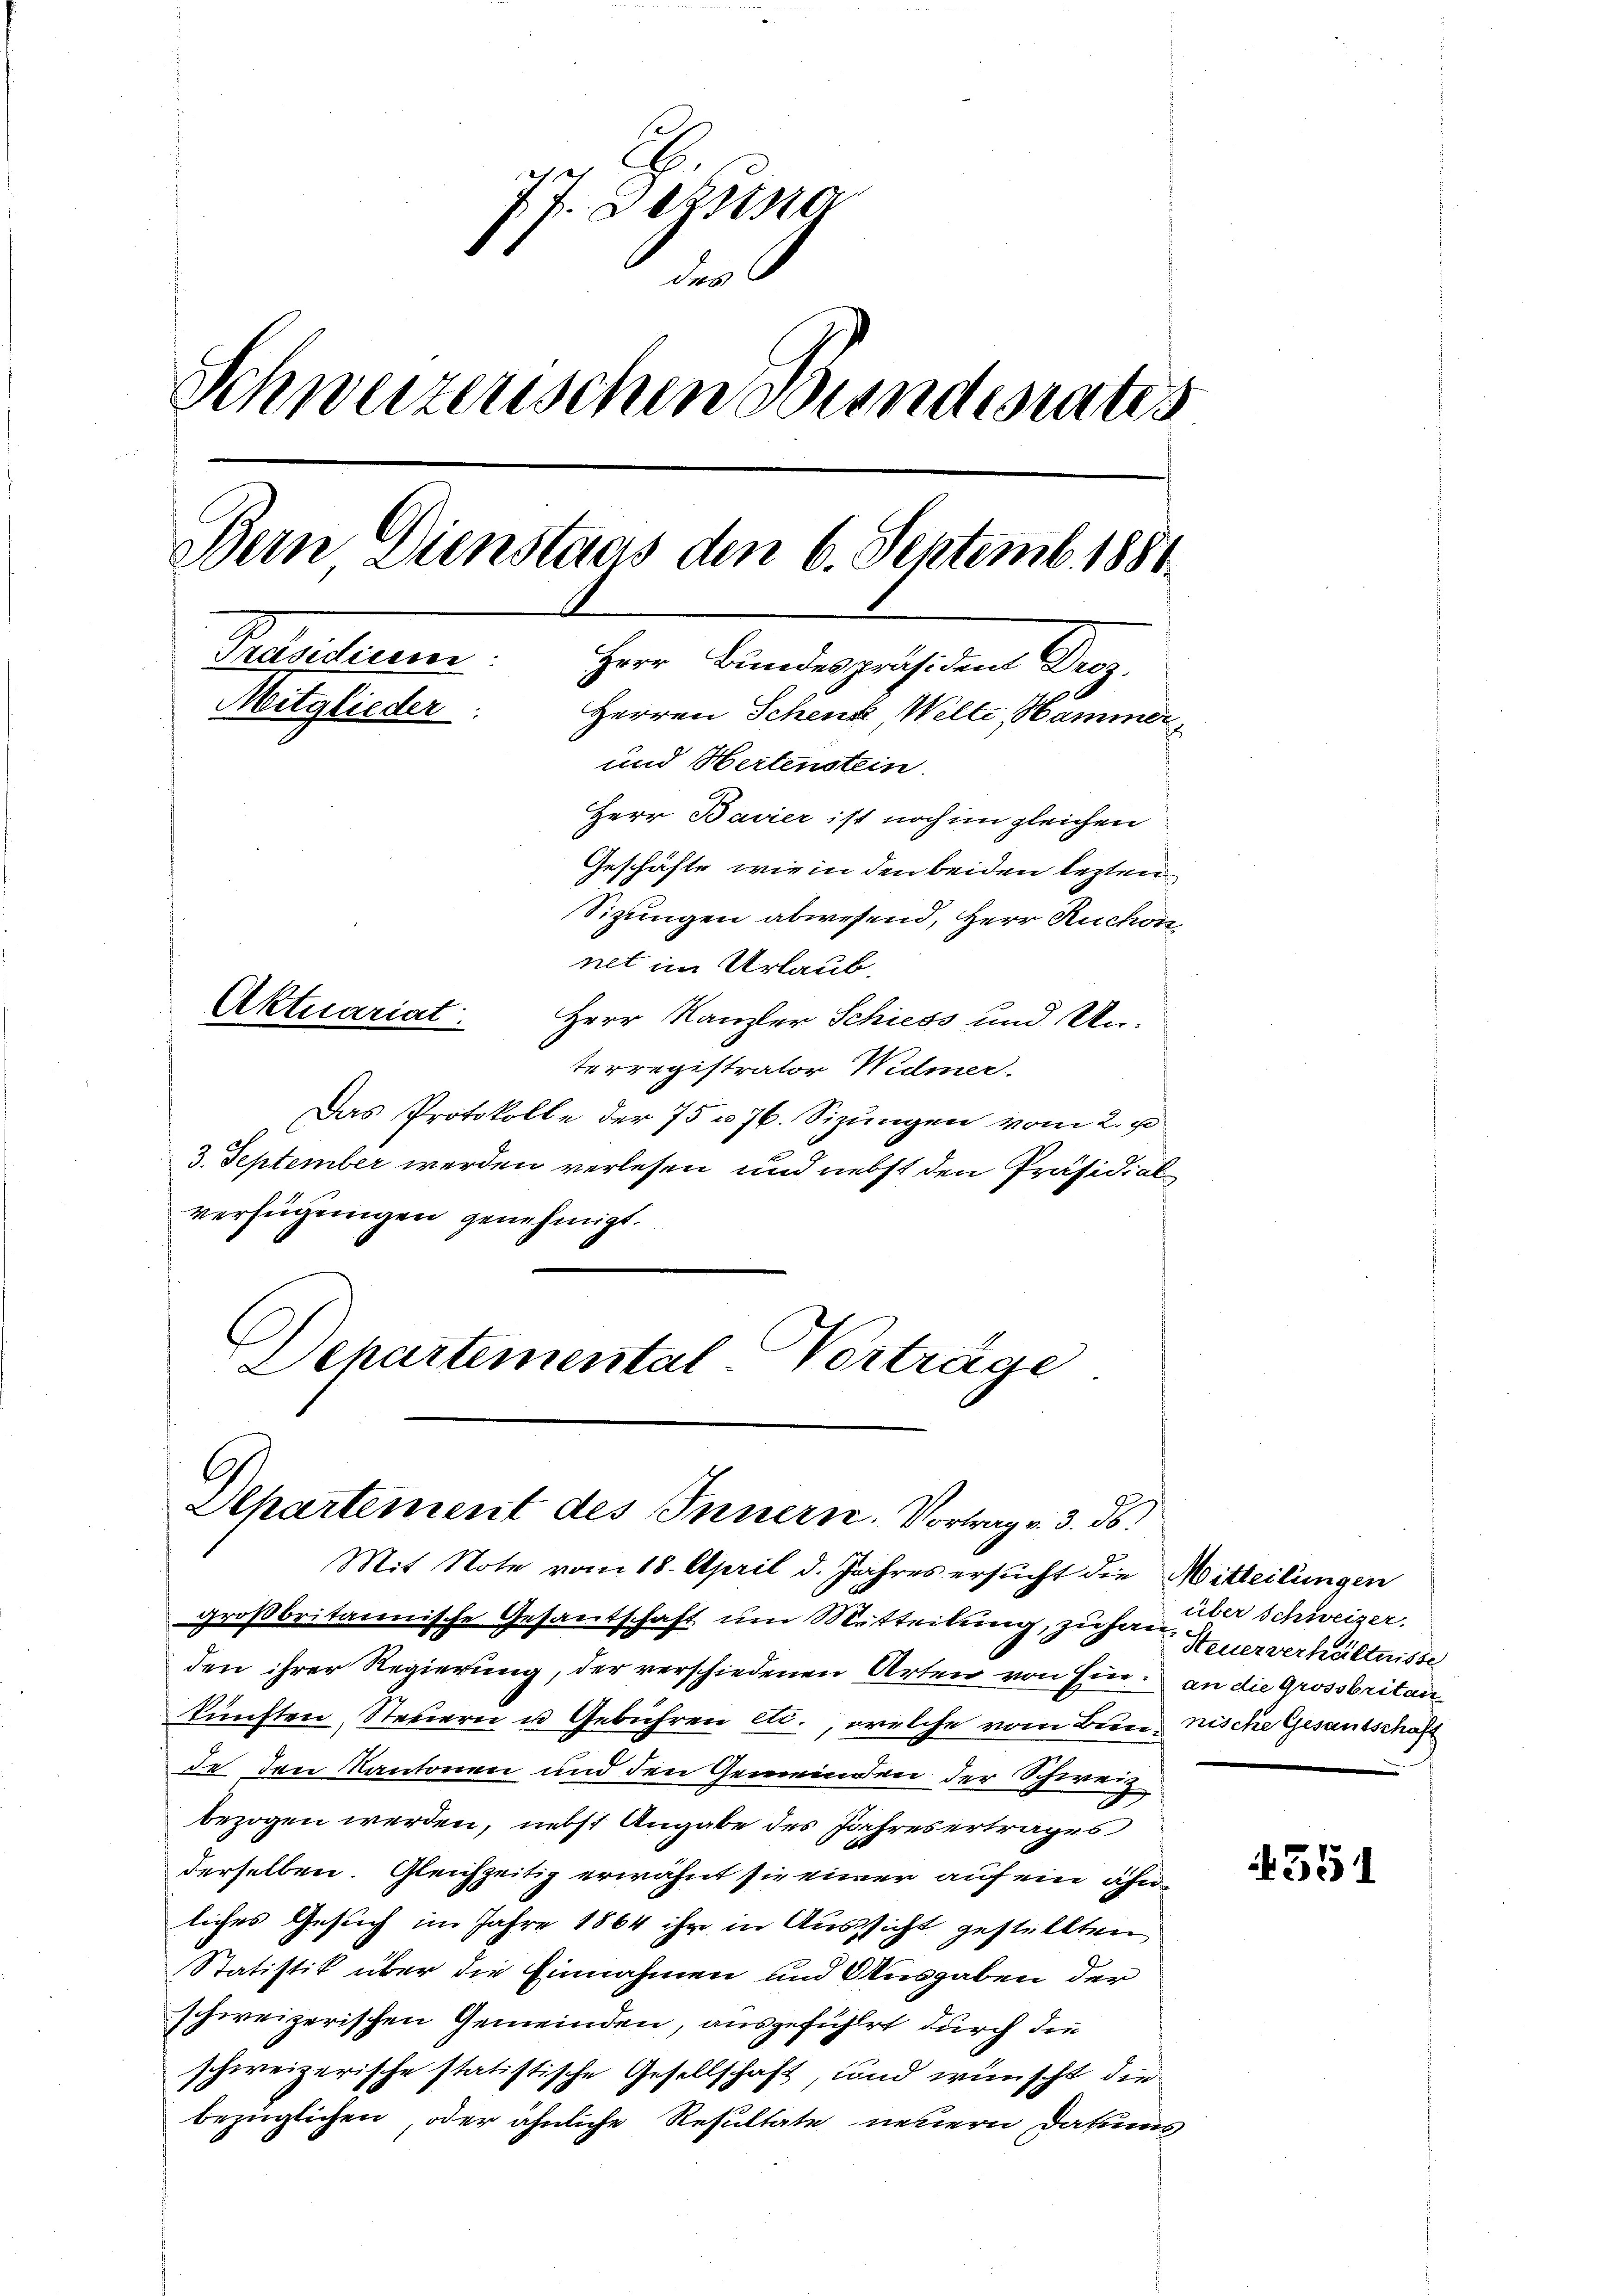
77. Sekti
des
Schweizerischen Bundesrates
Bein Dienstaus den 6. Septemb. 1881.
Parisieren.
Herr Bundespräsident Droz.
Mitglieder: Herren Schenk Welte, Hammer,
und Hertenstein.
Herr Bavier ist noch im gleichen
Geschäfte, wie in den beiden lezten
Sizungen abwesend, Herr Ruchon,
net im Urlaub.
Aktuariat.
Herr Kanzler Schiess und Un¬

terregistrator Widmer.
Das Protokolle der 75 n 76. Sizungen vom 2. u
3. September werden verlesen und nebst den Präsidial
verfügungen genehmigt.
Departemental-Verträge

.
Separtement des Innern. Vortrag v. 3. ds.

Mit Note vom 18. April d. Jahres ersucht die Mitteilungen
großbritannische Gesantschaft um Mitteilung, zu han. Heuerverhältnisse
den ihrer Regierung, der verschiedenen Arten von Ein an die Grossbritankünften Steuern u Gebühren etc., welche vom Bun, nische Gesandschaft
de den Kantonen und den Gemeinden der Schweiz
.
bezogen werden, nebst Angabe des Jahresertrages
derselben. Gleichzeitig erwähnt sie einer auf ein ähnliches Gesuch im Jahre 1864 ihr in Aussicht gestellten
Statistik über die Einnahmen und Ausgaben der
schweizerischen Gemeinden, ausgefühlert durch die
schweizerische statistische Gesellschaft, und wünscht die
bezüglichen, oder ähnliche Resultate neuern Datums

über Schweizer.

551